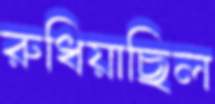
রুধিয়াছিল